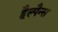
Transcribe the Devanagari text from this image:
हैल्पैन्स